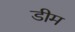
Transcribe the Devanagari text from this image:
डीम